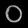
Digit: ၀